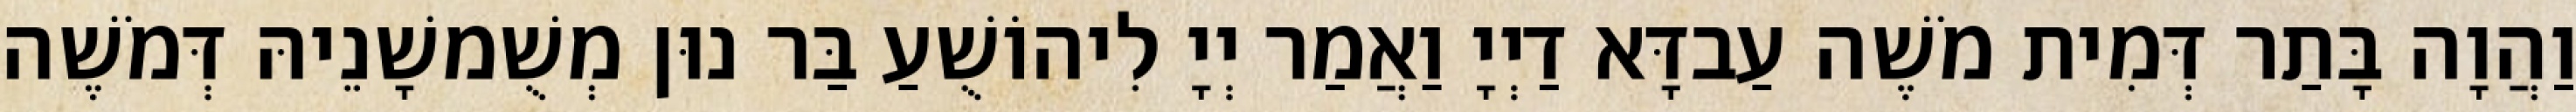
וַהֲוָה בָּתַר דְּמִית מֹשֶׁה עַבדָּא דַיְיָ וַאֲמַר יְיָ לִיהוֹשֻׁעַ בַּר נוּן מְשֻׁמשָׁנֵיהּ דְּמֹשֶׁה